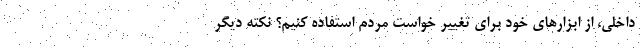
داخلی، از ابزارهای خود برای تغییر خواست مردم استفاده کنیم؟ نکته دیگر